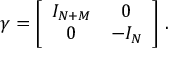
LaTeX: \gamma = \biggl [ \begin{array} { c c } { { I _ { N + M } } } & { { 0 } } \\ { { 0 } } & { { - I _ { N } } } \end{array} \biggr ] \ .